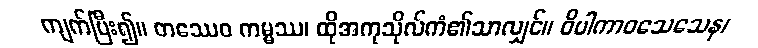
ကျက်ပြီး၍။ တဿေဝ ကမ္မဿ၊ ထိုအကုသိုလ်ကံ၏သာလျှင်။ ဝိပါကာဝသေသေန၊